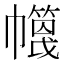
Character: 𢅶